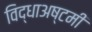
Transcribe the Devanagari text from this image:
विद्धाअष्टमी